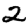
Digit: 2